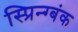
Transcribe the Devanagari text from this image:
स्प्रिन्ग्बंक